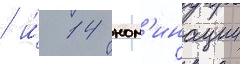
/ и́ 14 ном'инации